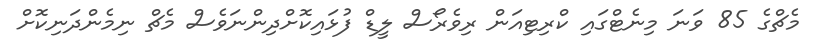
މެޗްގެ 85 ވަނަ މިނެޓްގައި ކްރިޓިއަން ރިވެރޯސް ލީޑް ފުޅައިކޮށްދިންނަވެސް މެޗް ނިމެންދަނިކޮށް